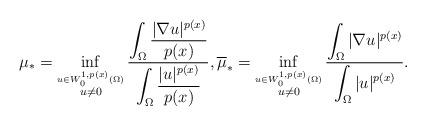
LaTeX: \begin{align*}\mu_* = \inf_{\overset{u \in W^{1,p(x)}_0 (\Omega)}{u\neq 0}} \frac{\displaystyle\int_{\Omega} \frac{|\nabla u|^{p(x)}}{p(x)} }{\displaystyle\int_{\Omega} \frac{|u|^{p(x)}}{p(x)} }, \overline{\mu}_* = \inf_{\overset{u \in W^{1,p(x)}_0 (\Omega)}{u\neq 0}} \frac{\displaystyle\int_{\Omega} |\nabla u|^{p(x)} }{\displaystyle\int_{\Omega} | u|^{p(x)} }.\end{align*}